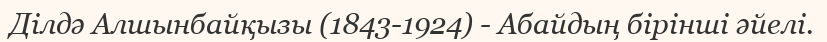
Ділдә Алшынбайқызы (1843-1924) - Абайдың бірінші әйелі.